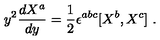
y ^ { 2 } \frac { d X ^ { a } } { d y } = \frac 1 2 \epsilon ^ { a b c } [ X ^ { b } , X ^ { c } ] \ .